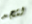
لتجد